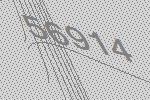
56914